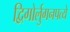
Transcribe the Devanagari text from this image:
द्विगोर्लुगनपत्ये